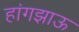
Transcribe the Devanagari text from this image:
हांगझाऊ